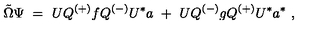
{ \tilde { \Omega } } \Psi \ = \ U Q ^ { ( + ) } f Q ^ { ( - ) } U ^ { * } a \ + \ U Q ^ { ( - ) } g Q ^ { ( + ) } U ^ { * } a ^ { * } \ ,